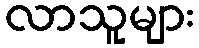
လာသူများ